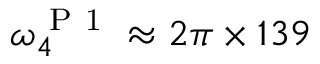
\omega _ { 4 } ^ { \mathrm { ~ P ~ 1 ~ } } \approx 2 \pi \times 1 3 9